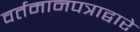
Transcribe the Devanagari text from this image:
वर्तमानपत्राद्वारे